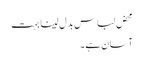
محض لباس بدل لینا بہت
آسان ہے۔